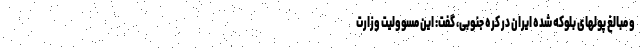
و مبالغ پولهای بلوکه شده ایران در کره جنوبی، گفت: این مسوولیت وزارت